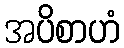
အပိစာဟံ